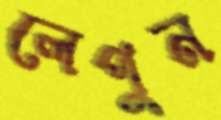
লেপুন